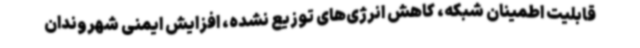
قابلیت اطمینان شبکه، کاهش انرژی‌های توزیع نشده، افزایش ایمنی شهروندان